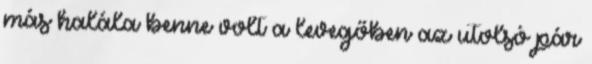
más halála benne volt a levegőben az utolsó pár